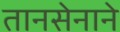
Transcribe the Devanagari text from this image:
तानसेनाने